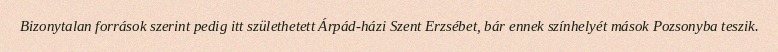
Bizonytalan források szerint pedig itt születhetett Árpád-házi Szent Erzsébet, bár ennek színhelyét mások Pozsonyba teszik.